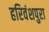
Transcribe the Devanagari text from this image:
हरिवंशपुरा